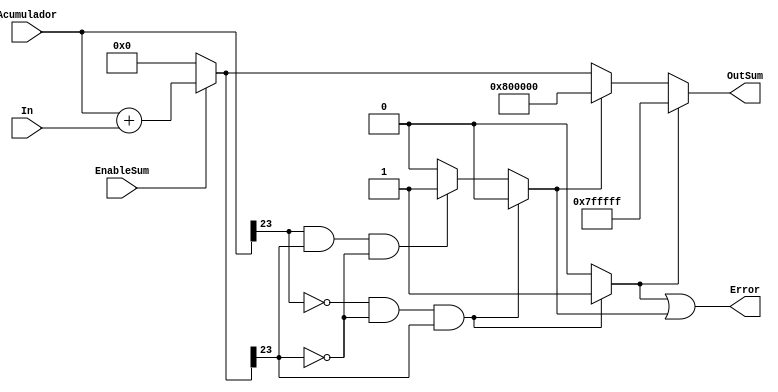
module sumadorPuntoFijo#(parameter Width = 24, Magnitud = 4, Precision = 19, Signo = 1)
		(EnableSum,In,Acumulador,OutSum,Error);
	 input EnableSum;
	 input signed [Width-1:0] In,Acumulador;
	 output reg signed [Width-1:0] OutSum = 0; 
	 output Error;
	 reg signed [Width-1:0]  AuxSum = 0; 
	 reg Overflow = 0;
	 reg Underflow = 0;
	 always @*  begin 
		if(EnableSum) 
			AuxSum <= Acumulador + In; 
		else
			AuxSum <= 0;
	 end
	 always @* begin  
		if (~Acumulador[Width-1] && ~AuxSum[Width-1] && AuxSum[Width-1]) begin
			Overflow <= 1;
			Underflow <= 0;
		end
		else if(Acumulador[Width-1] && AuxSum[Width-1] && ~AuxSum[Width-1]) begin
			Overflow <= 0;
			Underflow <= 1;
		end
		else begin
		   Overflow <= 0;
			Underflow <= 0;
		end
	 end
	 always @* begin  
		if(Overflow) begin
			OutSum <= 2**(Width-1) -1; 
		end
		else begin
			if(Underflow) begin
				OutSum <= -2**(Width-1);
			end
			else begin
				OutSum <= AuxSum;
			end
		end
	 end
	 assign Error = Overflow | Underflow;
endmodule